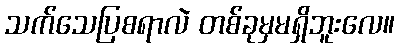
သက်သေပြစရာလဲ တစ်ခုမှမရှိဘူးလေ။